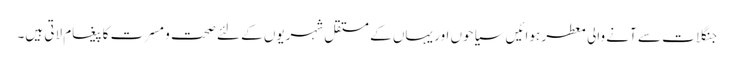
جنگلات سے آنے والی معطر ہوائیں سیاحوں اور یہاں کے مستقل شہریوں کے لئے صحت و مسرت کا پیغام لاتی ہیں۔